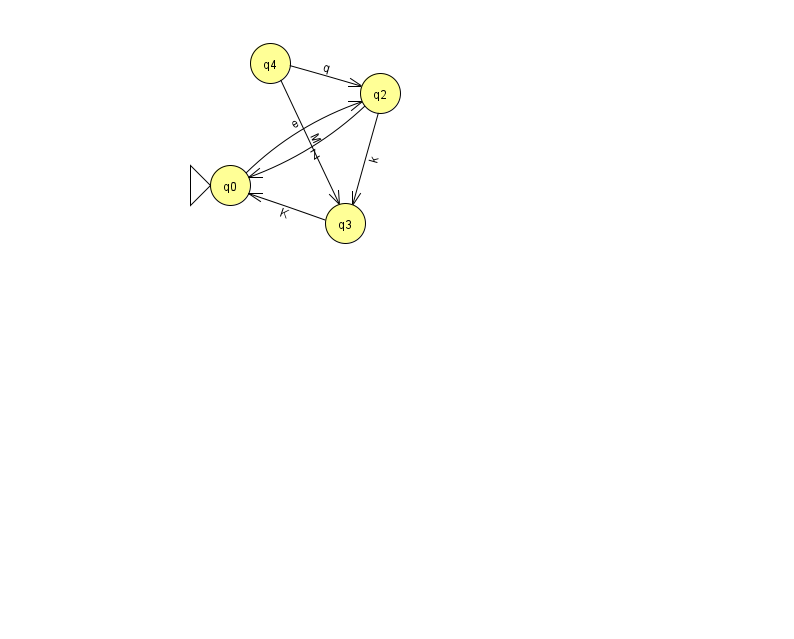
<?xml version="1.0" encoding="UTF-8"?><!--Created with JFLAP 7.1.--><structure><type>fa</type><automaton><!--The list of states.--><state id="0" name="q0"><x>230.0</x><y>172.0</y><initial/></state><state id="2" name="q2"><x>380.0</x><y>80.0</y></state><state id="3" name="q3"><x>345.0</x><y>210.0</y></state><state id="4" name="q4"><x>270.0</x><y>50.0</y></state><!--The list of transitions.--><transition><from>4</from><to>2</to><read>q</read></transition><transition><from>4</from><to>3</to><read>M</read></transition><transition><from>2</from><to>0</to><read>Z</read></transition><transition><from>2</from><to>3</to><read>k</read></transition><transition><from>0</from><to>2</to><read>e</read></transition><transition><from>3</from><to>0</to><read>K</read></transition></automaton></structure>